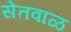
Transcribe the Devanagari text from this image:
सेतवाळ